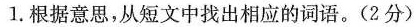
1.根据意思，从短文中找出相应的词语。(2分)